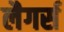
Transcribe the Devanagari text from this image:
लैगर्स